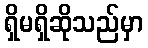
ရှိမရှိဆိုသည်မှာ